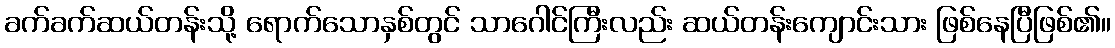
ခက်ခက်ဆယ်တန်းသို့ ရောက်သောနှစ်တွင် သာဂေါင်ကြီးလည်း ဆယ်တန်းကျောင်းသား ဖြစ်နေပြီဖြစ်၏။